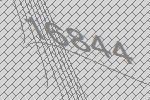
16844